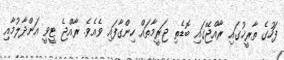
ފަހުގެ ތާރީޚުގައި ރާއްޖޭގައި ބޮޑެތި ޖަރީމާތައް ހިންގާފައި ވެއެވެ. ރާއްޖެ ޓީވީ އަންދާލުމާއި